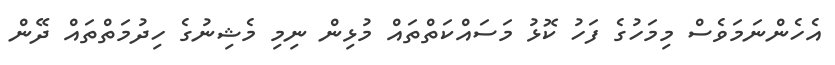
އެހެންނަމަވެސް މިމަހުގެ ފަހު ކޮޅު މަސައްކަތްތައް މުޅިން ނިމި މެޝިނުގެ ހިދުމަތްތައް ދޭން